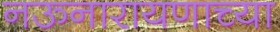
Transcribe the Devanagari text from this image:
नऊनारायणाच्या